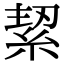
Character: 𮈑